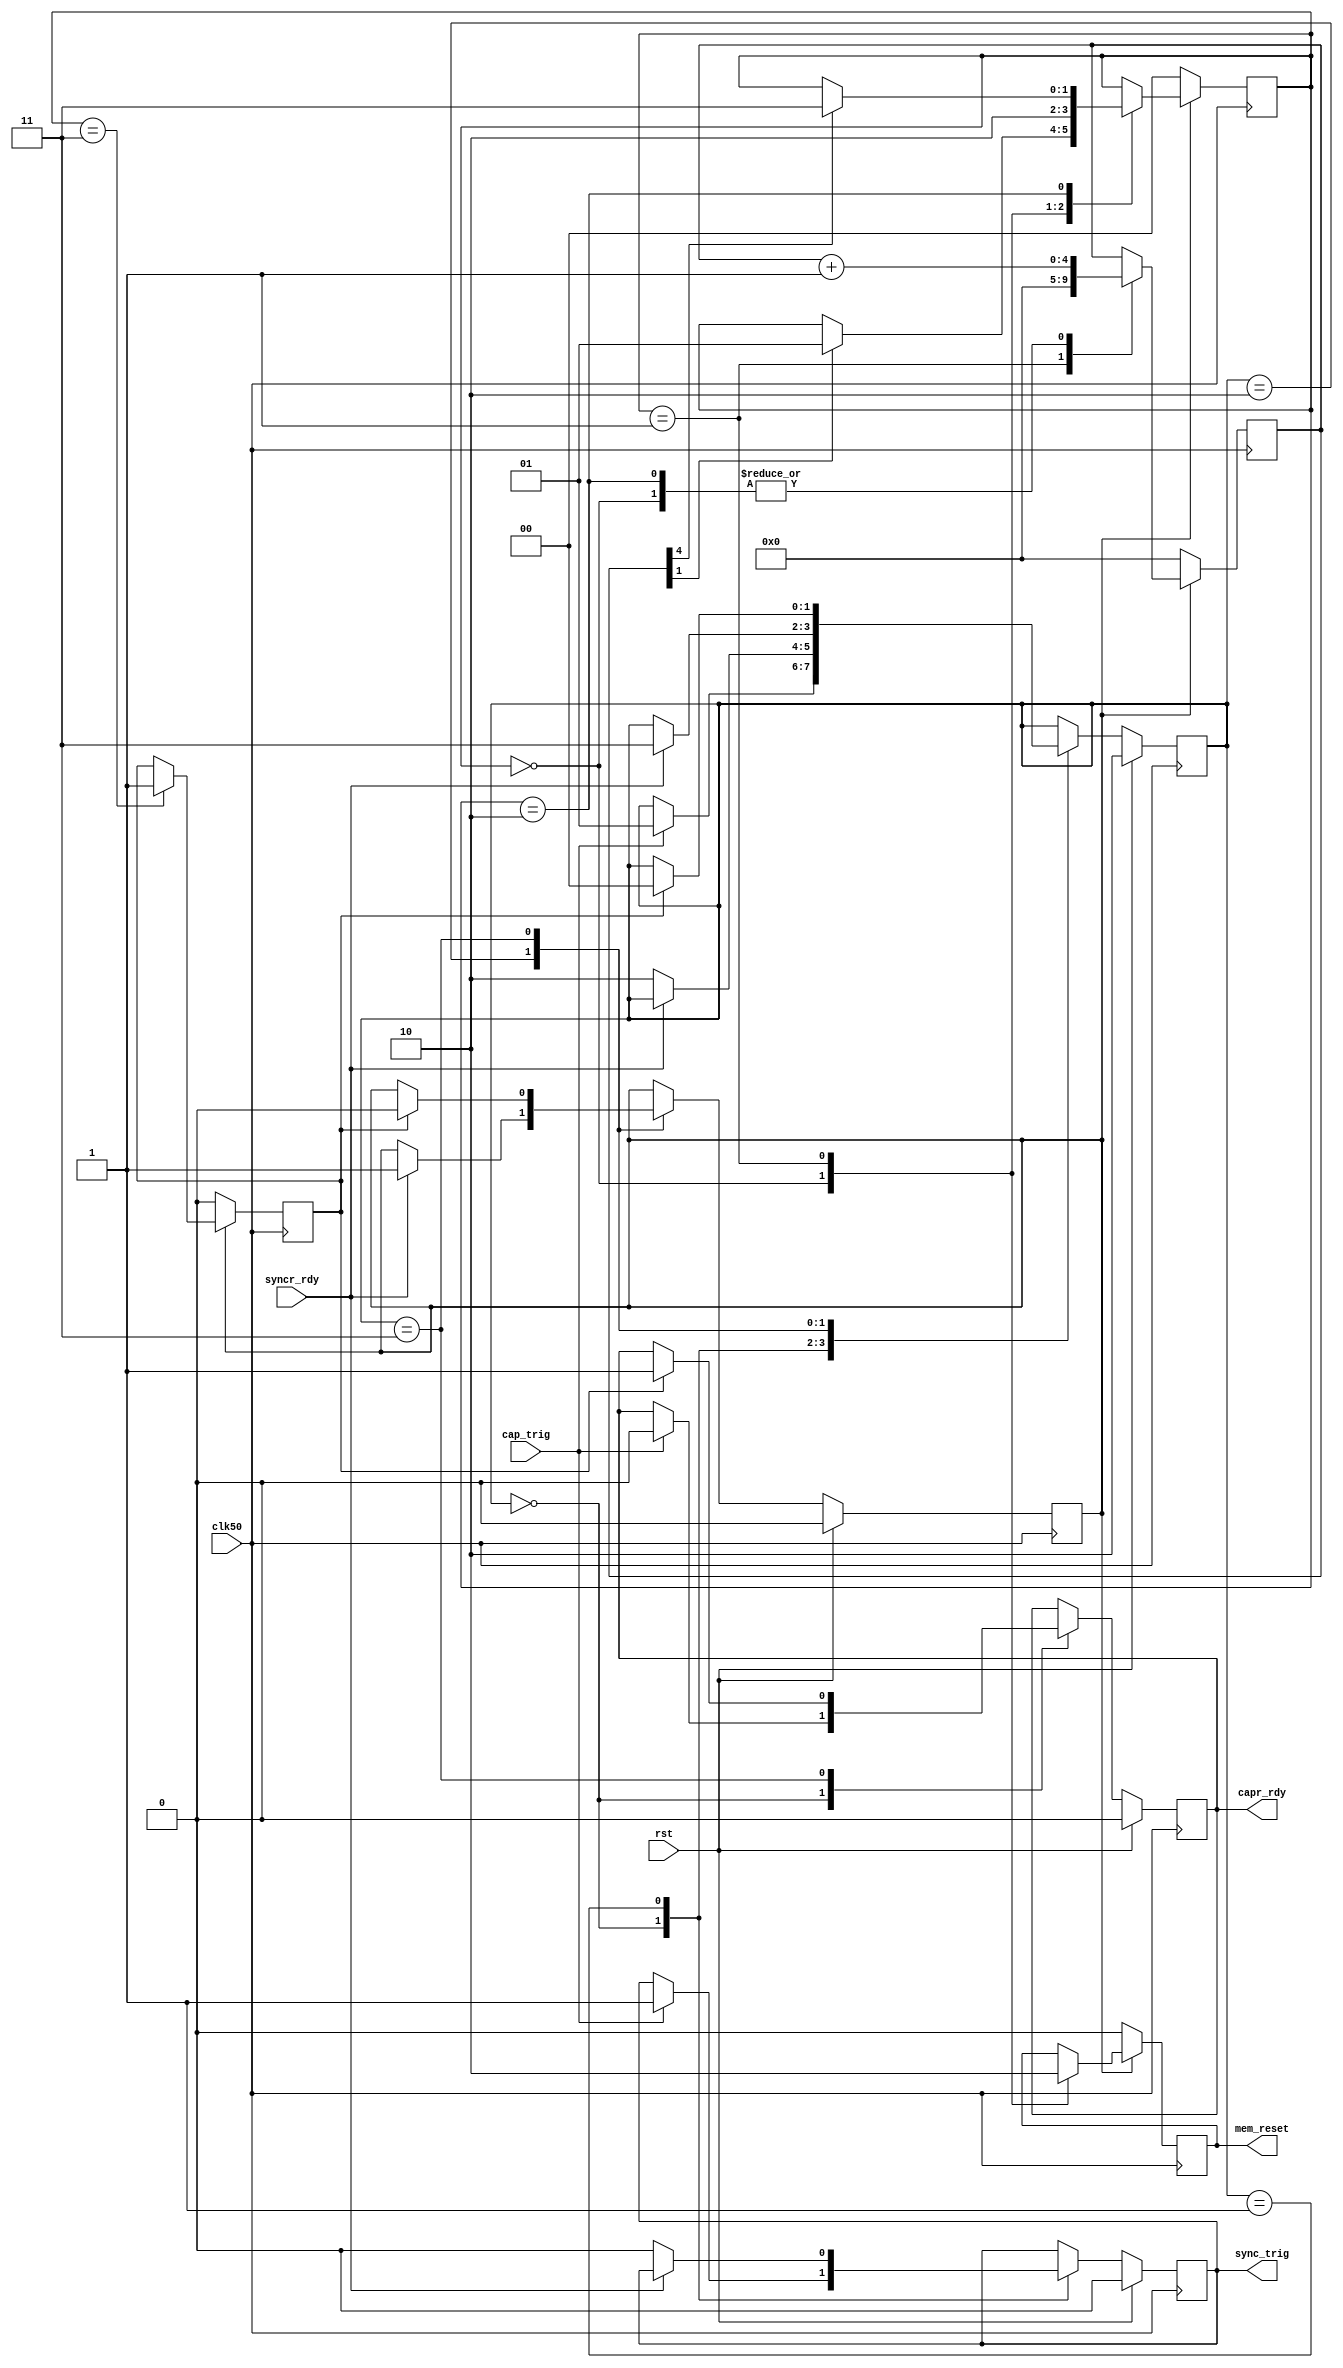
`timescale 1ns / 1ps
//////////////////////////////////////////////////////////////////////////////////
// Company:
// Engineer:
//
// Design Name:
// Module Name: Ta_sync_ctl
// Project Name:
// Target Devices:
// Tool Versions:
// Description:
//
// Dependencies:
//
// Revision:
// Revision 0.01 - File Created
// Additional Comments:
//
//////////////////////////////////////////////////////////////////////////////////


module Ta_sync_ctl
#(
parameter CAP0_1 = 2
)(
input                   rst         ,
input                   clk50       ,
input                   cap_trig    ,
output                  capr_rdy    ,
output                  sync_trig   ,
input                   syncr_rdy   ,
output                  mem_reset
    );

localparam S_IDLE = 0,
           S_TRIG = 1,
           S_CLR  = 2,
           S_CMP  = 3;
reg[1:0] state          = S_CLR;
reg      t_capr_rdy     = 0    ;
reg      t_sync_trig    = 0    ;
reg      mem_reset_en   = 0    ;
reg      mem_reset_cmpt = 0    ;
always@(posedge clk50)begin
	if(rst)begin
		state        <= S_CLR;
		t_capr_rdy   <= 0    ;
		t_sync_trig  <= 0    ;
		mem_reset_en <= 0    ;
	end else begin
		case(state)
			S_IDLE :begin
				if(cap_trig)begin
					state       <= S_TRIG;
		    	t_capr_rdy  <= 0     ;
		    	t_sync_trig <= 1     ;
				end
			end
			S_TRIG :begin
				if(!syncr_rdy)begin
					t_sync_trig <= 0    ;
					state       <= S_CLR;
				end
			end
			S_CLR  :begin
				if(syncr_rdy)begin
					mem_reset_en <= 1    ;
					state        <= S_CMP;
				end
			end
			S_CMP  :begin
				if(mem_reset_cmpt)begin
					mem_reset_en <= 0     ;
		    	t_capr_rdy   <= 1     ;
					state        <= S_IDLE;
				end
			end
		endcase
	end
end

localparam MSB_DEL = 4;
localparam S1_IDLE = 0,
           S1_REST = 1,
           S1_RDEL = 2,
           S1_CMPT = 3;
reg[1:0]       state1      = S1_IDLE;
reg            t_mem_reset = 0      ;
reg[MSB_DEL:0] rdel_cnt    = 0      ;
always@(posedge clk50)begin
	if(!mem_reset_en)begin
		state1         <= S1_IDLE;
		mem_reset_cmpt <= 0      ;
		t_mem_reset    <= 0      ;
		rdel_cnt       <= 0      ;
	end else begin
		case(state1)
			S1_IDLE :begin
				t_mem_reset <= 1           ;
				rdel_cnt    <= rdel_cnt + 1;
				if(rdel_cnt[1])begin
					state1 <= S1_REST;
				end
			end
			S1_REST :begin
				t_mem_reset <= 0      ;
				rdel_cnt    <= 0      ;
				state1      <= S1_RDEL;
			end
			S1_RDEL :begin
				rdel_cnt <= rdel_cnt + 1;
				if(rdel_cnt[MSB_DEL])begin
					state1 <= S1_CMPT;
				end
			end
			S1_CMPT :begin
				mem_reset_cmpt <= 1;
			end
		endcase
	end
end

assign capr_rdy   = t_capr_rdy  ;
assign sync_trig  = t_sync_trig ;
assign mem_reset  = t_mem_reset ;

endmodule